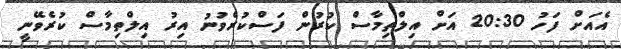
އެއަށް ފަހު 20:30 އަށް އިލްތިމާސް ކުރުން ފަސްކުރެވުނު އިރު އިލްތިމާސް ކުރެވޭނީ